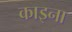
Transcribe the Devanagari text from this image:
काइना